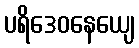
ပရိဒေဝနေယျေ